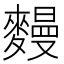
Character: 𪍩